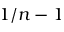
1 / n - 1